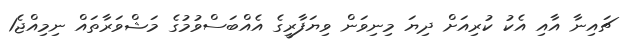
ޗައިނާ އާއި އެކު ކުރިއަށް ދިޔަ މިނިވަން ވިޔަފާރީގެ އެއްބަސްވުމުގެ މަޝްވަރާތައް ނިމިއްޖެ1